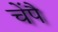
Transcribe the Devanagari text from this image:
चेंपै